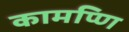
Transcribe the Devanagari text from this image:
कामप्णि